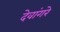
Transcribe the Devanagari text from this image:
देवांगरे